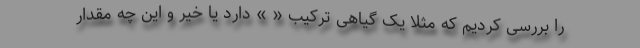
را بررسی کردیم که مثلاً یک گیاهی ترکیب « » دارد یا خیر و این چه مقدار